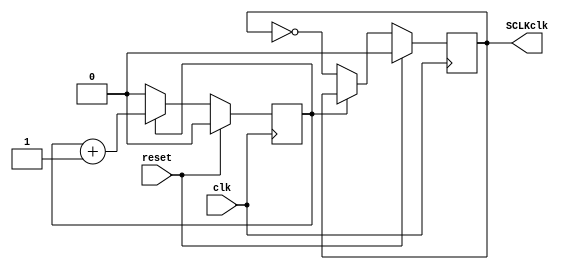
`timescale 1ns / 1ps
//////////////////////////////////////////////////////////////////////////////////
// Company: 
// Engineer: 
// 
// Design Name: 
// Module Name: Divisor_F
// Project Name: 
// Target Devices: 
// Tool Versions: 
// Description: 
// 
// Dependencies: 
// 
// Revision:
// Revision 0.01 - File Created
// Additional Comments:
// 
//////////////////////////////////////////////////////////////////////////////////


module Divisor_F(
       clk,
	 reset,
	 SCLKclk
    );
input wire clk, reset;
	output reg SCLKclk;///,pclk
reg cuenta_sclk;  /////El numero de bits se determina: logbase2(redondeado((clknexys/clkdeseado))-1)
always @(posedge clk)   
	begin
	if(reset)
		begin
		cuenta_sclk<=1'd0;   /////El numero de bits se determina: logbase2(redondeado((clknexys/clkdeseado))-1)
		SCLKclk <=1'd0;  //El numero de bits se determina: logbase2(redondeado((clknexys/clkdeseado))-1)
		end
	else
				begin	
			if(cuenta_sclk == 1'd0)// numero lo determina dividiendo el clock dela nexys y el clock que usted quiere, -1, dividido entre 2
						     		 ///Tiene qoue ser un numero entero por lo que lo redondea hacia arriba
					begin 
						cuenta_sclk<= 2'd00;  /////El numero de bits se determina: logbase2(redondeado((clknexys/clkdeseado))-1)+1
						SCLKclk <= ~SCLKclk;
					end
	 		else
				cuenta_sclk <= cuenta_sclk + 1'b1;
		end
	end

endmodule